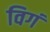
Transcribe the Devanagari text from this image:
विगं